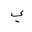
Letter: _ya